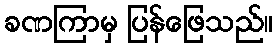
ခဏကြာမှ ပြန်ဖြေသည်။